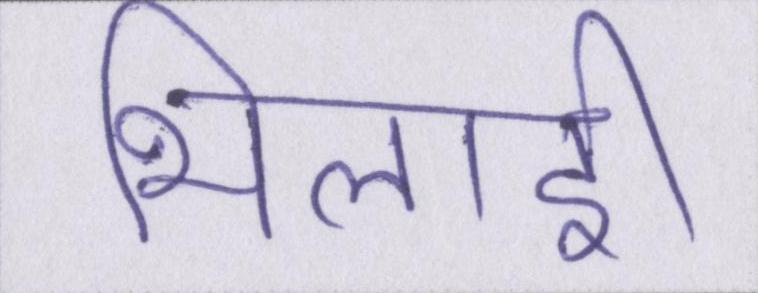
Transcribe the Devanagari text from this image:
भिलाई